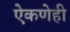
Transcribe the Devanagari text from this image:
ऐकणेही